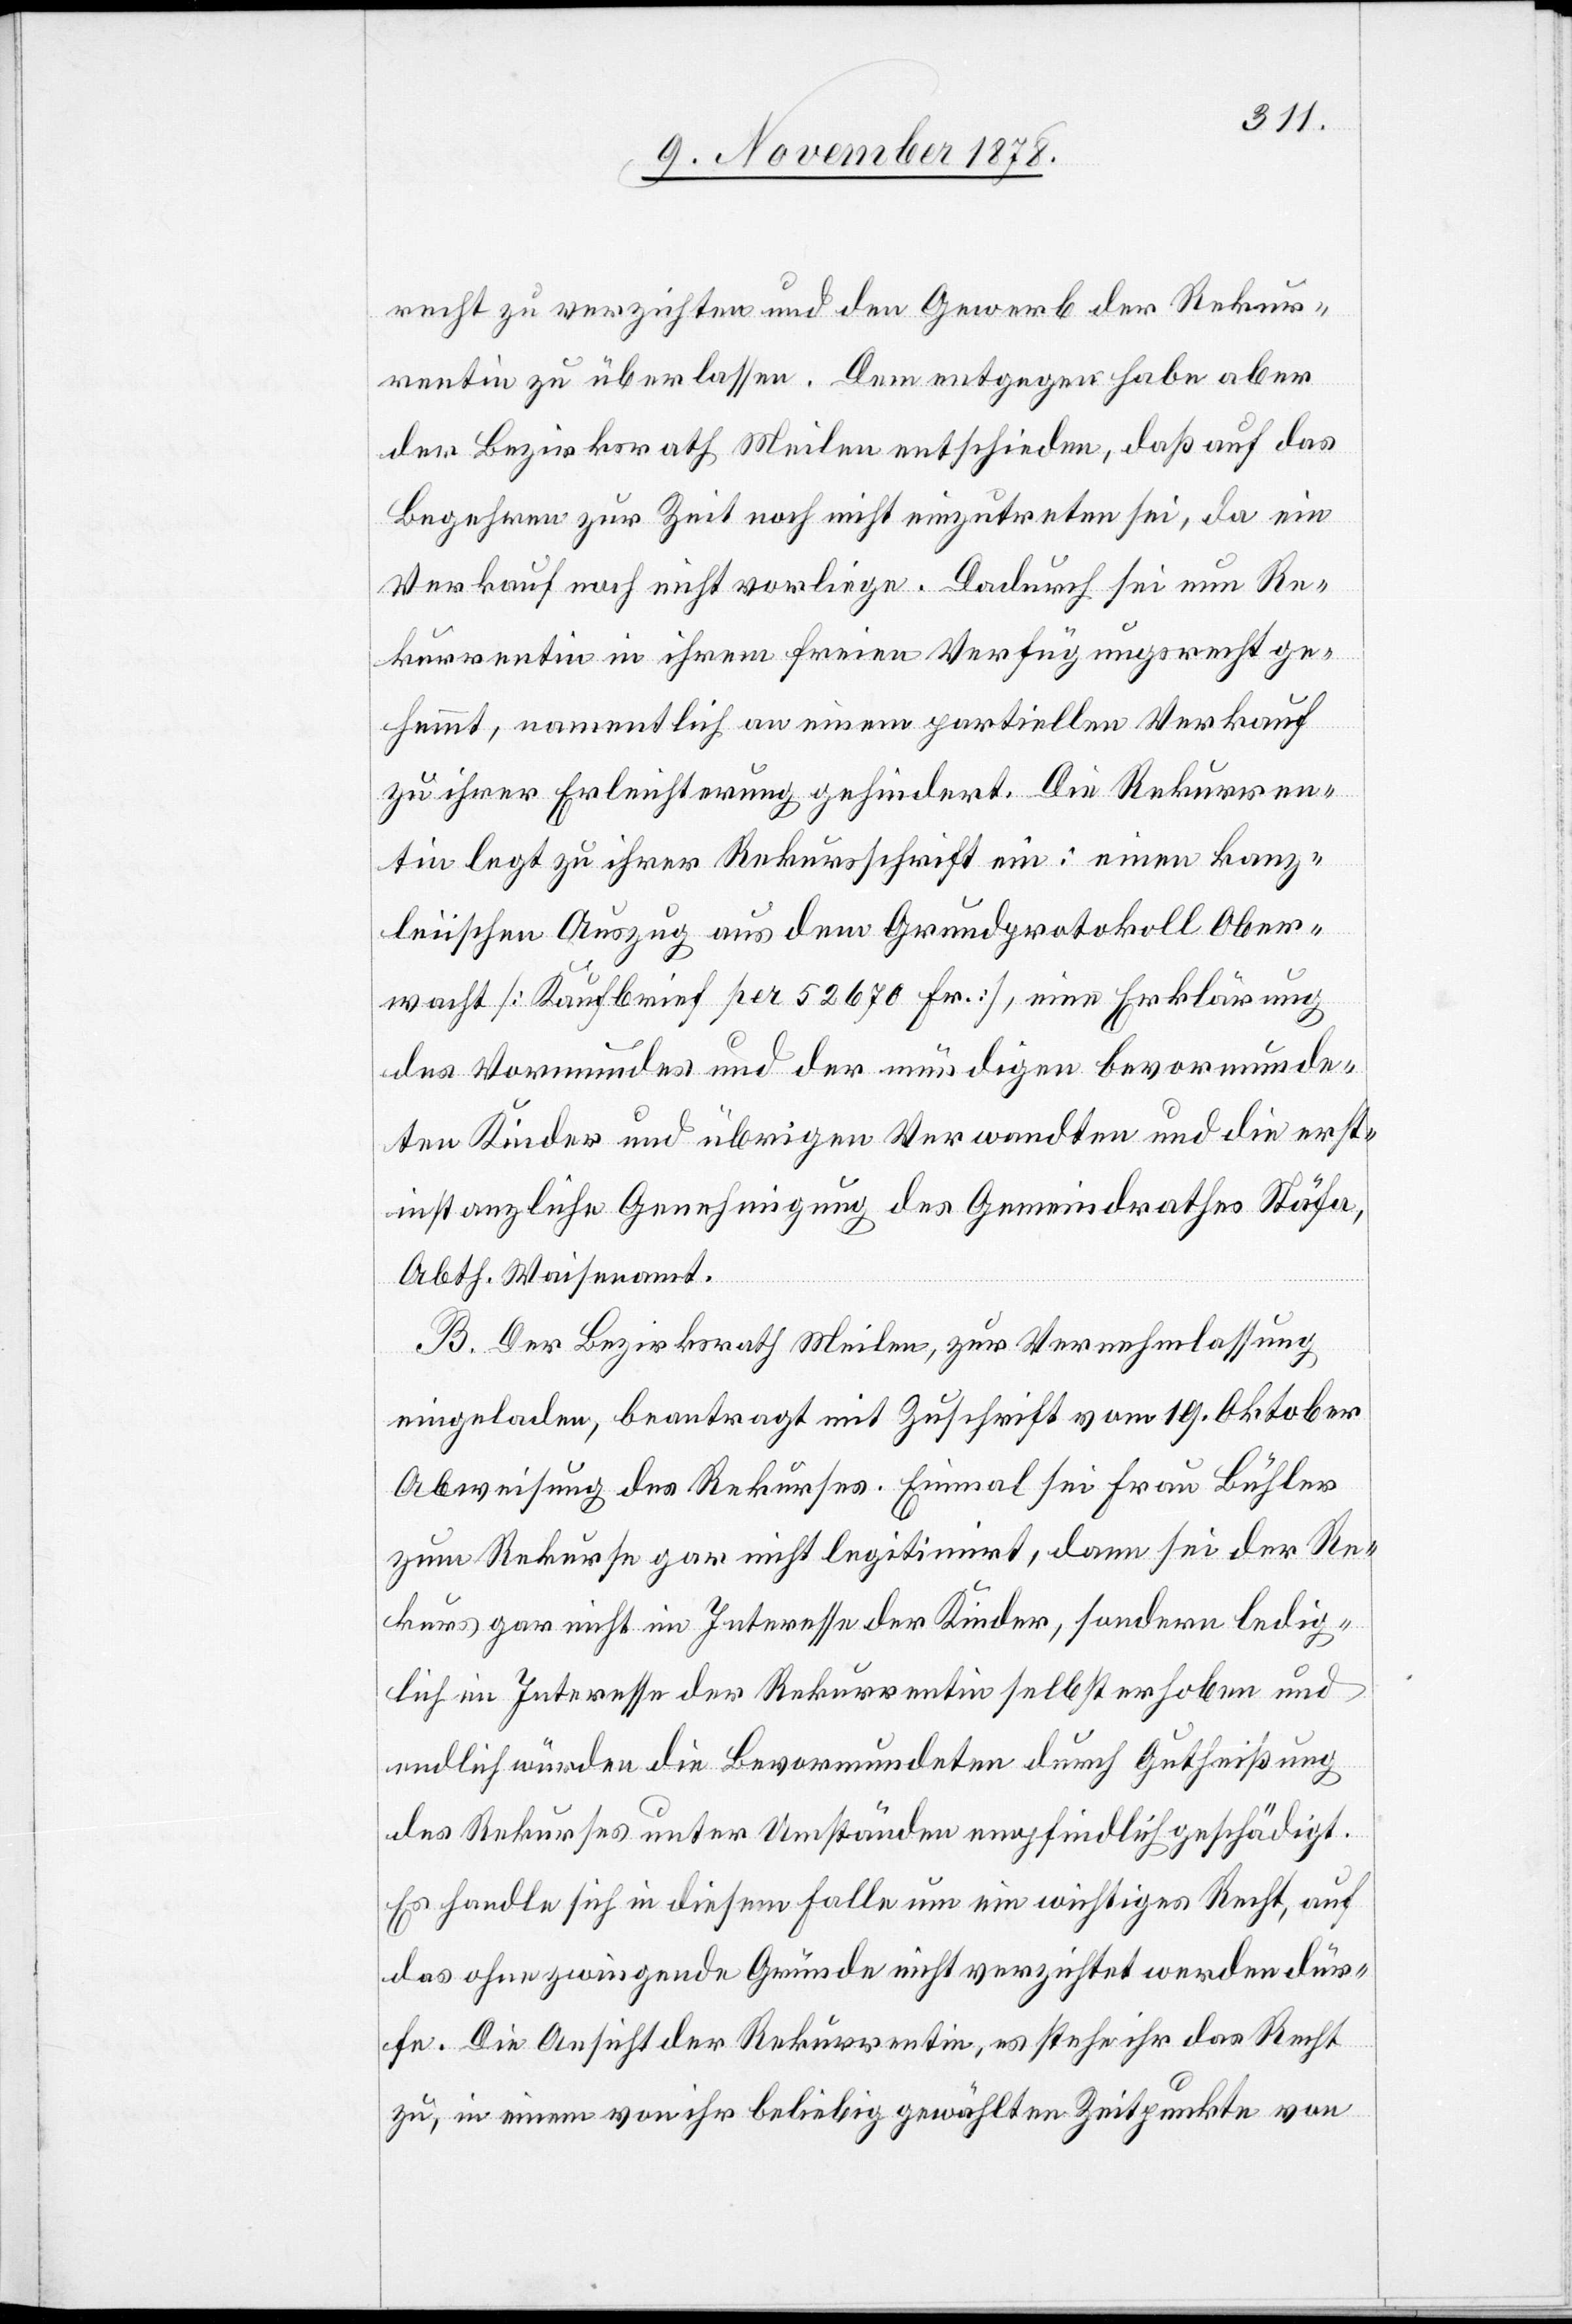
recht zu verzichten und den Gewerb der Rekur¬
rentin zu überlassen. Dem entgegen habe aber
der Bezirksrath Meilen entschieden, daß auf das
Begehren zur Zeit noch nicht einzutreten sei, da ein
Verkauf noch nicht vorliege. Dadurch sei nun Re¬
kurrentin in ihrem freien Verfügungsrecht ge¬
hemmt, namentlich an einem partiellen Verkauf
zu ihrer Erleichterung gehindert. Die Rekurren¬
tin legt zu ihrer Rekursschrift ein: einen kanz¬
leiischen Auszug aus dem Grundprotokoll Ober¬
wacht [Kaufbrief per 52670 Fr.], eine Erklärung
des Vormundes und der mündigen bevormunde¬
ten Kinder und übrigen Verwandten und die erst¬
instanzliche Genehmigung des Gemeindrathes Stäfa,
Abth. Waisenamt.
B. Der Bezirksrath Meilen, zur Vernehmlassung
eingeladen, beantragt mit Zuschrift vom 19. Oktober
Abweisung des Rekurses. Einmal sei Frau Bühler
zum Rekurse gar nicht legitimirt, dann sei der Re¬
kurs gar nicht im Interesse der Kinder, sondern ledig¬
lich im Interesse der Rekurrentin selbst erhoben und
endlich würden die Bevormundeten durch Gutheißung
des Rekurses unter Umständen empfindlich geschädigt.
Es handle sich in diesem Falle um ein wichtiges Recht, auf
das ohne zwingende Gründe nicht verzichtet werden dür¬
fe. Die Ansicht der Rekurrentin, es stehe ihr das Recht
zu, in einem von ihr beliebig gewählten Zeitpunkte von